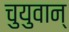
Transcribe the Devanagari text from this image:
चुयुवान्